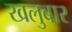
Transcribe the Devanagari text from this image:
खलुबार